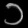
Digit: ၁